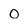
Character: o